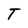
Character: T